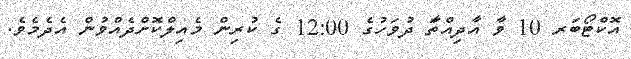
އޮކްޓޯބަރ 10 ވާ އާދިއްތަާ ދުވަހުގެ 12:00 ގެ ކުރިން މެއިލްކޮށްދެއްވުން އެދެމެވެ.